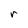
Character: r